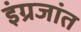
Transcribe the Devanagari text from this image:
इंग्रजांत